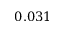
0 . 0 3 1